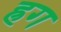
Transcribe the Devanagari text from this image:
ह्रग